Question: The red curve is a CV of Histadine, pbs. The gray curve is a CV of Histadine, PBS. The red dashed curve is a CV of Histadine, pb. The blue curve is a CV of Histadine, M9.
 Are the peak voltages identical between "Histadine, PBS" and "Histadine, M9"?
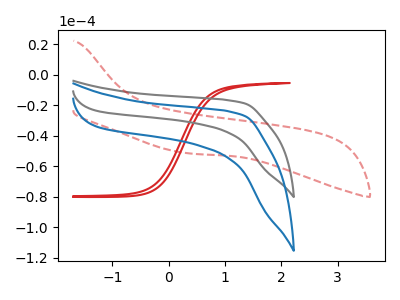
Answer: <think>The red curve "Histadine, pbs" has no peaks. The gray curve "Histadine, PBS" has no peaks. The red dashed curve "Histadine, pb" has no peaks. The blue curve "Histadine, M9" has no peaks.</think>
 <answer>Niether CV has any peaks.</answer>
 <eval>blanks</eval>